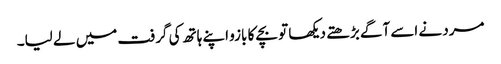
مرد نے اسے آگے بڑھتے دیکھا تو بچے کا بازو اپنے ہاتھ کی گرفت میں لے لیا۔